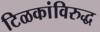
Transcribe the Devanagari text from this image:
टिळकांविरुद्ध